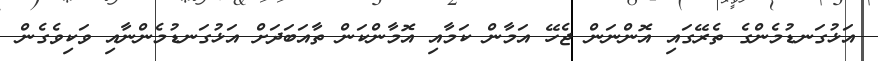
އަޅުގަނޑުމެންގެ ތެރޭގައި އޮންނަން ޖެހޭ އަމާން ކަމާއި އޮމާންކަން ތާއަބަދަށް އަޅުގަނޑުމެންނާއި ވަކިވެގެން